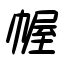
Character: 幄